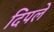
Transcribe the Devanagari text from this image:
दिपले